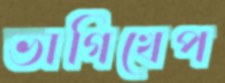
ভাগিখেপ